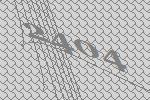
2404